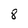
Character: 8